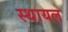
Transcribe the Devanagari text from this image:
स्थायल